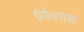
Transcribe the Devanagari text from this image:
धैर्यधराची